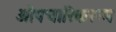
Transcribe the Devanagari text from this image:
औपचारिकरूप